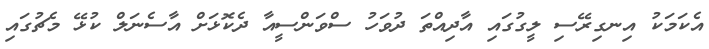
އެކަމަކު އިނގިރޭސި ލީގުގައި އާދިއްތަ ދުވަހު ސްވަންސީއާ ދެކޮޅަށް އާސެނަލް ކުޅޭ މެޗުގައި